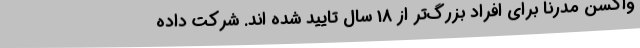
واکسن مدرنا برای افراد بزرگ‌تر از 18 سال تایید شده اند. شرکت داده